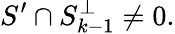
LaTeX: S^{\prime}\cap S_{k-1}^{\perp}\neq{0}.